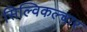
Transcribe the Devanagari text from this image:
सिल्विकल्चार